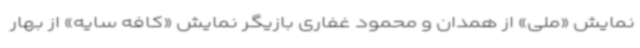
نمایش «ملی» از همدان و محمود غفاری بازیگر نمایش «کافه سایه» از بهار